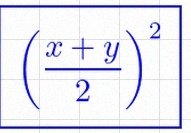
\left(\frac{x+y}{2}\right)^2